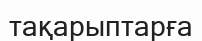
тақарыптарға